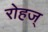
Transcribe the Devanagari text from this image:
रोहज्